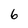
Character: 6